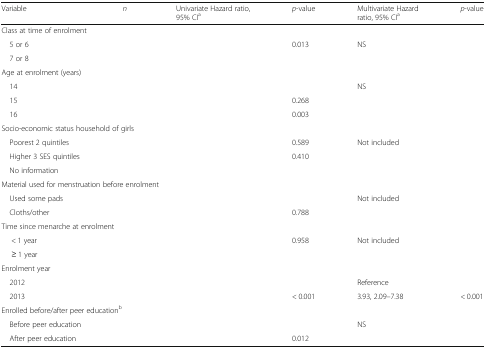
<table><thead><tr><td><b>Variable</b></td><td><b><i>n</i></b></td><td><b>Univariate Hazard ratio, 95% CI<sup>a</sup></b></td><td><b><i>p</i>-value</b></td><td><b>Multivariate Hazard ratio, 95% CI<sup>a</sup></b></td><td><b><i>p</i>-value</b></td></tr></thead><tbody><tr><td colspan="6">Class at time of enrolment</td></tr><tr><td> 5 or 6</td><td>[EMPTY_CELL]</td><td>[EMPTY_CELL]</td><td>0.013</td><td>NS</td><td>[EMPTY_CELL]</td></tr><tr><td> 7 or 8</td><td>[EMPTY_CELL]</td><td>[EMPTY_CELL]</td><td>[EMPTY_CELL]</td><td>[EMPTY_CELL]</td><td>[EMPTY_CELL]</td></tr><tr><td colspan="6">Age at enrolment (years)</td></tr><tr><td> 14</td><td>[EMPTY_CELL]</td><td>[EMPTY_CELL]</td><td>[EMPTY_CELL]</td><td>NS</td><td>[EMPTY_CELL]</td></tr><tr><td> 15</td><td>[EMPTY_CELL]</td><td>[EMPTY_CELL]</td><td>0.268</td><td>[EMPTY_CELL]</td><td>[EMPTY_CELL]</td></tr><tr><td> 16</td><td>[EMPTY_CELL]</td><td>[EMPTY_CELL]</td><td>0.003</td><td>[EMPTY_CELL]</td><td>[EMPTY_CELL]</td></tr><tr><td colspan="6">Socio-economic status household of girls</td></tr><tr><td> Poorest 2 quintiles</td><td>[EMPTY_CELL]</td><td>[EMPTY_CELL]</td><td>0.589</td><td>Not included</td><td>[EMPTY_CELL]</td></tr><tr><td> Higher 3 SES quintiles</td><td>[EMPTY_CELL]</td><td>[EMPTY_CELL]</td><td>0.410</td><td>[EMPTY_CELL]</td><td>[EMPTY_CELL]</td></tr><tr><td> No information</td><td>[EMPTY_CELL]</td><td>[EMPTY_CELL]</td><td>[EMPTY_CELL]</td><td>[EMPTY_CELL]</td><td>[EMPTY_CELL]</td></tr><tr><td colspan="6">Material used for menstruation before enrolment</td></tr><tr><td> Used some pads</td><td>[EMPTY_CELL]</td><td>[EMPTY_CELL]</td><td>[EMPTY_CELL]</td><td>Not included</td><td>[EMPTY_CELL]</td></tr><tr><td> Cloths/other</td><td>[EMPTY_CELL]</td><td>[EMPTY_CELL]</td><td>0.788</td><td>[EMPTY_CELL]</td><td>[EMPTY_CELL]</td></tr><tr><td colspan="6">Time since menarche at enrolment</td></tr><tr><td>&lt; 1 year</td><td>[EMPTY_CELL]</td><td>[EMPTY_CELL]</td><td>0.958</td><td>Not included</td><td>[EMPTY_CELL]</td></tr><tr><td>≥ 1 year</td><td>[EMPTY_CELL]</td><td>[EMPTY_CELL]</td><td>[EMPTY_CELL]</td><td>[EMPTY_CELL]</td><td>[EMPTY_CELL]</td></tr><tr><td colspan="6">Enrolment year</td></tr><tr><td> 2012</td><td>[EMPTY_CELL]</td><td>[EMPTY_CELL]</td><td>[EMPTY_CELL]</td><td>Reference</td><td>[EMPTY_CELL]</td></tr><tr><td> 2013</td><td>[EMPTY_CELL]</td><td>[EMPTY_CELL]</td><td>&lt; 0.001</td><td>3.93, 2.09–7.38</td><td>&lt; 0.001</td></tr><tr><td colspan="6">Enrolled before/after peer education<sup>b</sup></td></tr><tr><td> Before peer education</td><td>[EMPTY_CELL]</td><td>[EMPTY_CELL]</td><td>[EMPTY_CELL]</td><td>NS</td><td>[EMPTY_CELL]</td></tr><tr><td> After peer education</td><td>[EMPTY_CELL]</td><td>[EMPTY_CELL]</td><td>0.012</td><td>[EMPTY_CELL]</td><td>[EMPTY_CELL]</td></tr></tbody></table>